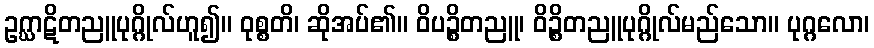
ဥဂ္ဃာဋိတညူပုဂ္ဂိုလ်ဟူ၍။ ဝုစ္စတိ၊ ဆိုအပ်၏။ ဝိပဉ္စိတညူ၊ ဝိဉ္စိတညူပုဂ္ဂိုလ်မည်သော။ ပုဂ္ဂလော၊